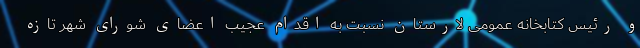
و رئیس کتابخانه عمومی لارستان نسبت به اقدام عجیب اعضای شورای شهر تازه